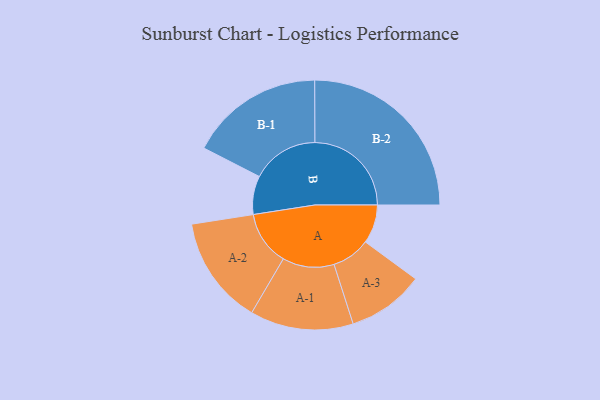
{"axis": {"x": "Segment", "y": "Value"}, "legend": ["", "A", "B"], "data": [{"x": "A", "y": 115, "type": ""}, {"x": "B", "y": 114, "type": ""}, {"x": "A-1", "y": 153, "type": "A"}, {"x": "A-2", "y": 161, "type": "A"}, {"x": "A-3", "y": 114, "type": "A"}, {"x": "B-1", "y": 199, "type": "B"}, {"x": "B-2", "y": 286, "type": "B"}]}